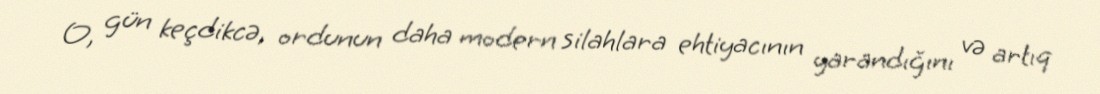
O, gün keçdikcə, ordunun daha modern silahlara ehtiyacının yarandığını və artıq